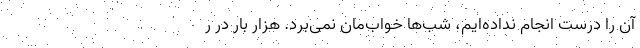
آن را درست انجام نداده‌ایم، شب‌ها خواب‌مان نمی‌برد. هزار بار در ر